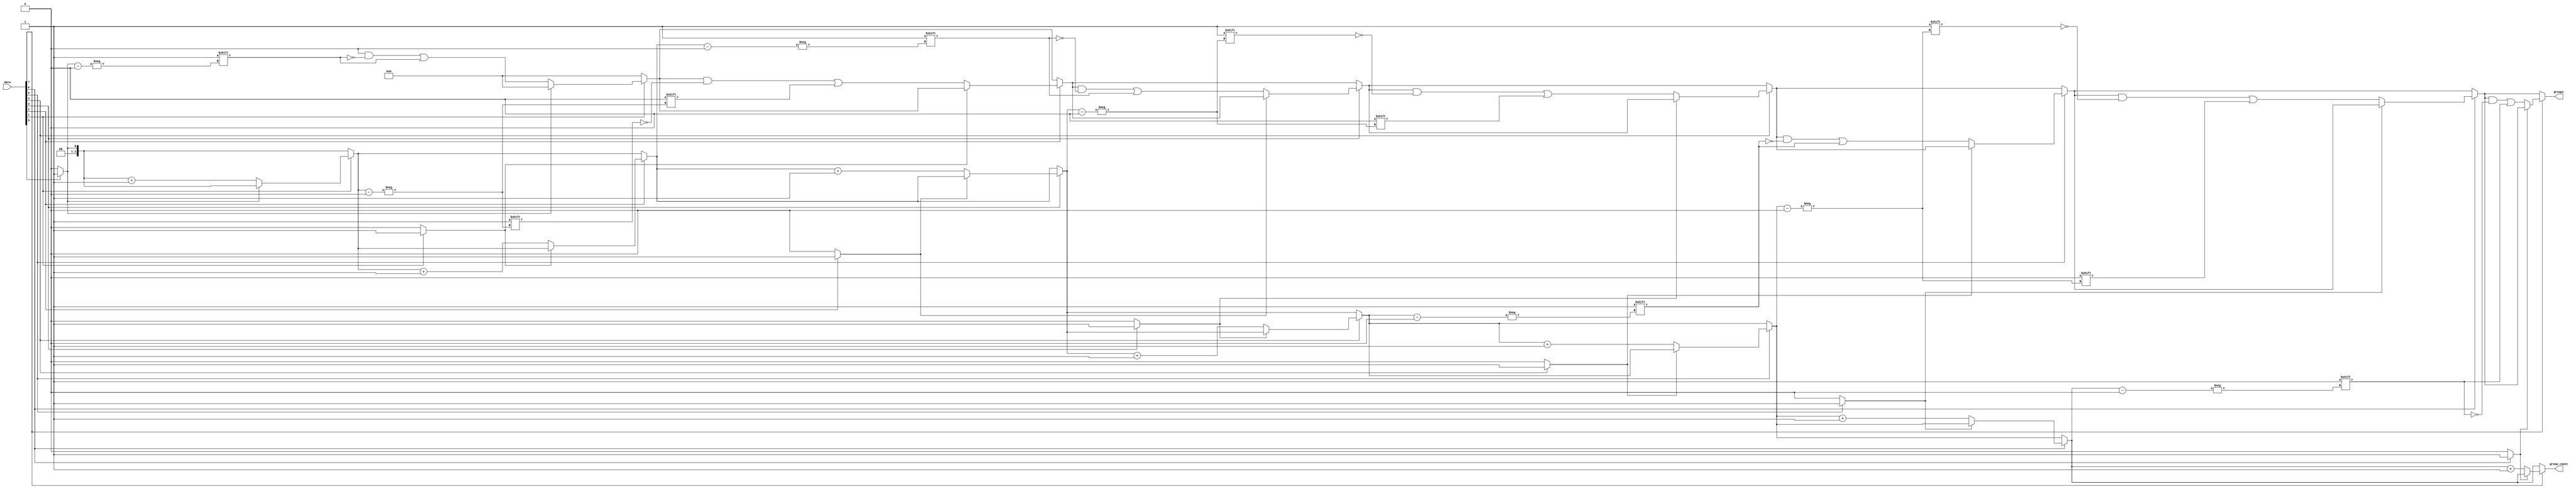
module GroupingOfOnes #(
    parameter N = 8,  // Width of the input signal
    parameter M = N   // Max number of groups (can be adjusted based on expected input)
)(
    input  [N-1:0] data,
    output reg [M-1:0] groups,  // Output vector for starting positions of groups
    output reg [$clog2(M)-1:0] group_count // Count of groups detected
);

    integer i;
    reg in_group;
    
    always @(*) begin
        // Initialize outputs
        groups = 0;
        group_count = 0;
        in_group = 0;

        // Iterate through the input data
        for (i = 0; i < N; i = i + 1) begin
            if (data[i] == 1'b1) begin
                if (!in_group) begin
                    // Start of a new group
                    groups[group_count] = i; // Store the starting index of the group
                    group_count = group_count + 1; // Increment group count
                    in_group = 1; // Mark that we are in a group
                end
            end else begin
                // End of a group if we were in one
                in_group = 0;
            end
        end
    end
endmodule